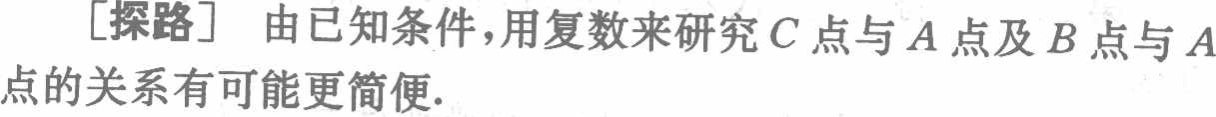
[探路] 由已知条件，用复数来研究\(C\)点与\(A\)点及\(B\)点与\(A\)点的关系有可能更简便.